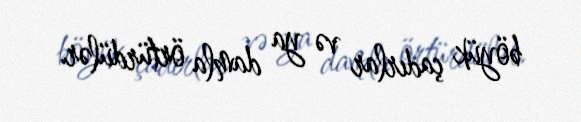
böyük çadırlar və ya damla örtürdülər.